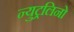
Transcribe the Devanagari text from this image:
न्युट्रलिनो